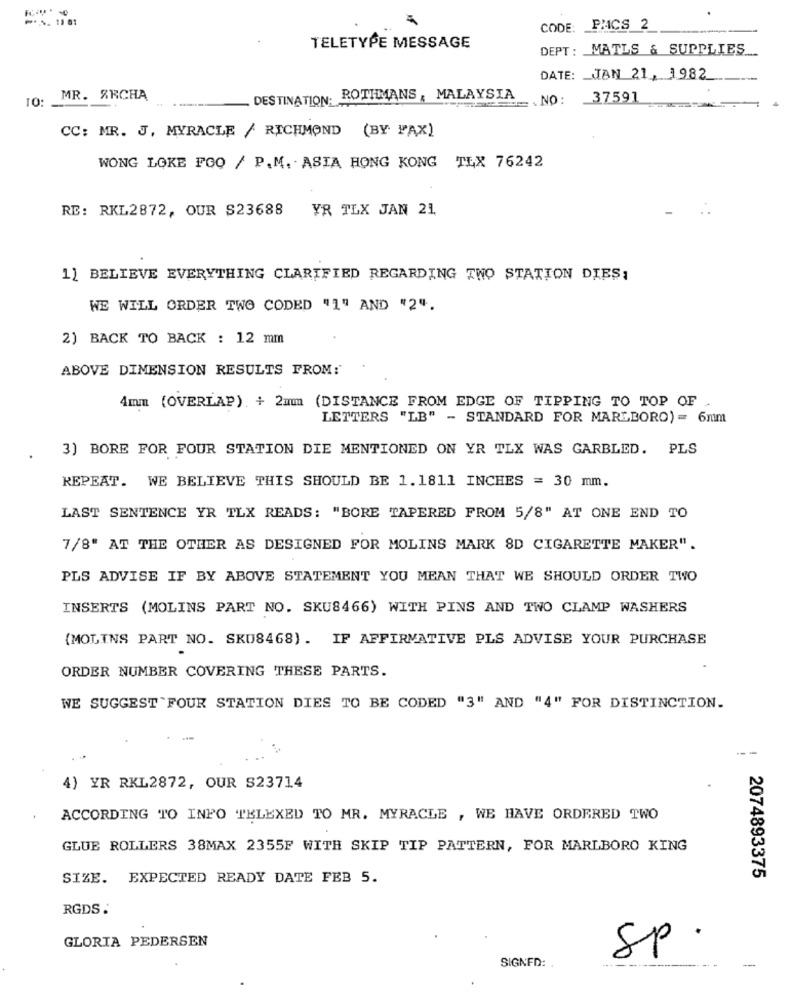
P.S. 11 81
CODE: PACS 2
TELETYPE MESSAGE
DEPT: MATLS & SUPPLIES ..
DATE: JAN 21, 1982
MR. ARCHA
DESTINATION. ROTHMANS , MALAYSIA
NO :
37591
CC: MR. J, MYRACLE / RICHMOND (BY FAX)
WONG LOKE FOO / P.M. ASIA HONG KONG TLX 76242
RE: RKL2872, OUR S23688
YR TLX JAN 21
1] BELIEVE EVERYTHING CLARIFIED REGARDING TWO STATION DIES:
WE WILL ORDER TWO CODED "1" AND "2".
2) BACK TO BACK : 12 mm
ABOVE DIMENSION RESULTS FROM:
4mm (OVERLAP). + 2mmm (DISTANCE FROM EDGE OF TIPPING TO TOP OF
LETTERS "LB" - STANDARD FOR MARLBORO) = 6mm
3) BORE FOR FOUR STATION DIE MENTIONED ON YR TLX WAS GARBLED. PLS
REPEAT. WE BELIEVE THIS SHOULD BE 1.1811 INCHES = 30 mm.
LAST SENTENCE YR TLX READS: "BORE TAPERED FROM 5/8" AT ONE END TO
7/8" AT THE OTHER AS DESIGNED FOR MOLINS MARK 8D CIGARETTE MAKER".
PLS ADVISE IF BY ABOVE STATEMENT YOU MEAN THAT WE SHOULD ORDER TWO
INSERTS (MOLINS PART NO. SKU8466) WITH PINS AND TWO CLAMP WASHERS
{MOLINS PART NO. SKU8468). IF AFFIRMATIVE PLS ADVISE YOUR PURCHASE
ORDER NUMBER COVERING THESE PARTS.
WE SUGGEST FOUR STATION DIES TO BE CODED "3" AND "4" FOR DISTINCTION.
--
4) YR RKL2872, OUR S23714
ACCORDING TO INPO TELEXED TO MR. MYRACLE , WE HAVE ORDERED TWO
GLUE ROLLERS 38MAX 2355F WITH SKIP TIP PATTERN, FOR MARLBORO KING
SIZE. EXPECTED READY DATE FEB 5.
2074893375
RGDS :
GLORIA PEDERSEN
Sp.
--
SIGNED: